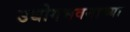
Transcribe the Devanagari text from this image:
उद्योगभवनाच्या